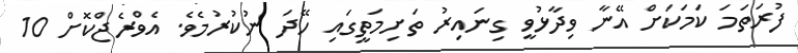
ފުރަތަމަ ކަމަކަށް އޭނާ ވިދާޅުވީ ގިނައިރު ތަށިމަތީގައި ހޭދަ ނުކުރުމެވެ. އެވްރެޖްކޮށް 10